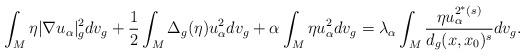
\begin{align*}\int_M\eta|\nabla u_\alpha|_g^2dv_g + \frac{1}{2}\int_M\Delta_g(\eta)u_\alpha^2dv_g + \alpha\int_M\eta u_\alpha^2dv_g = \lambda_\alpha\int_M\frac{\eta u_\alpha^{2^*(s)}}{d_g(x,x_0)^s}dv_g.\end{align*}